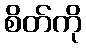
စိတ်ကို